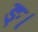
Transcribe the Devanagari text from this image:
ङ्।